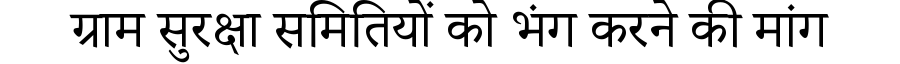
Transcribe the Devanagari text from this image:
ग्राम सुरक्षा समितियों को भंग करने की मांग